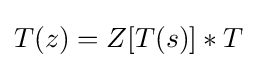
T(z)=Z[T(s)]*T